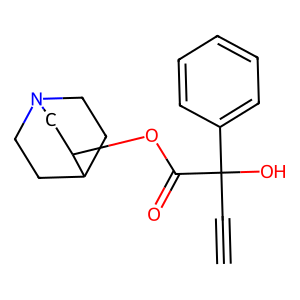
SMILES: C#CC(O)(C(=O)OC1CN2CCC1CC2)c1ccccc1
Inhibits HIV replication: No